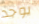
يوجد